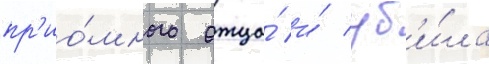
пр'ио́много отца́ и́ уб'и́ла